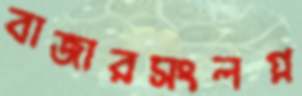
বাজারসংলগ্ন